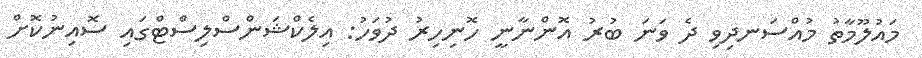
މައުލޫމާތު މުއްސަނދިވި ދެ ވަނަ ބުރު އޮންނާނީ ހޮނިހިރު ދުވަހު: އިލެކްޝަންސްލިސްޓްގައި ސޮއިނުކޮށް